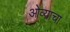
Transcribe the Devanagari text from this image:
ओव्याचा